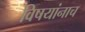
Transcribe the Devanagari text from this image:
विषयांनाच